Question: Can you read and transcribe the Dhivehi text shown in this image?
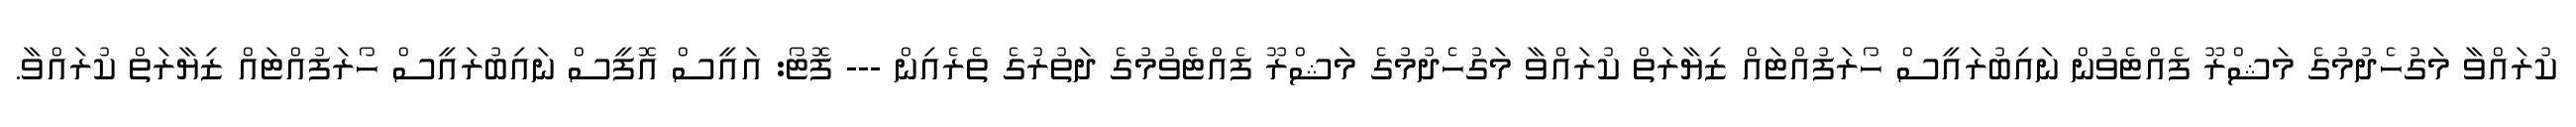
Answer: ކުރައްވާ މަގުހެދުމުގެ މަޝްރޫ ފެއްޓެވުން ނައިބުރައީސް ހޯރަފުއްޓައް ޒިޔާރަތް ކުރައްވާ މަގުހެދުމުގެ މަޝްރޫ ފެއްޓެވުމުގެ ދަތުރުގެ ތެރެއިން --- ފޮޓޯ: އައީސް އޮފީސް ނައިބުރައީސް ހޯރަފުއްޓައް ޒިޔާރަތް ކުރައްވާ.